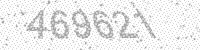
Solution: 469621